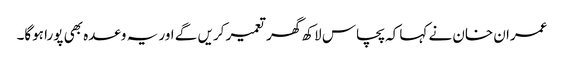
عمران خان نے کہا کہ پچاس لاکھ گھر تعمیر کریں گے اور یہ وعدہ بھی پورا ہوگا۔